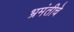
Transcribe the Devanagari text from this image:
भ्रमंतीचे